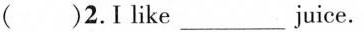
( )2.I like ___ juice.